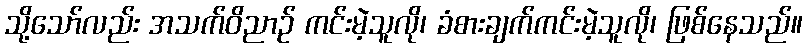
သို့သော်လည်း အသက်ဝိညာဉ် ကင်းမဲ့သူလို၊ ခံစားချက်ကင်းမဲ့သူလို၊ ဖြစ်နေသည်။